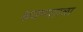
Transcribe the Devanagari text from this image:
श्रवणशाळा